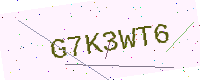
Text: G7K3WT6